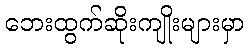
ဘေးထွက်ဆိုးကျိုးများမှာ